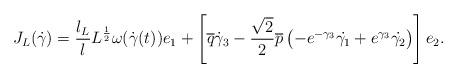
LaTeX: \begin{align*}J_L(\dot{\gamma})=\frac{l_L}{l}L^{\frac{1}{2}}\omega(\dot{\gamma}(t))e_1+\left[\overline{q}\dot{\gamma}_3-\frac{\sqrt{2}}{2}\overline{p}\left(-e^{-\gamma_3}\dot{\gamma_1}+e^{\gamma_3}\dot{\gamma_2}\right)\right]e_2.\end{align*}